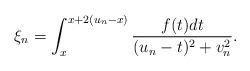
LaTeX: \begin{align*}\xi_n=\int_{x}^{x+2(u_n-x)}\frac{f(t)dt}{(u_n-t)^2+v_n^2}.\end{align*}